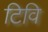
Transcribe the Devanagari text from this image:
टिवि